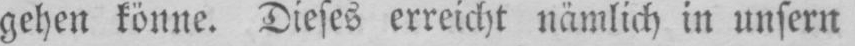
gehen könne. Dieses erreicht nämlich in unsern